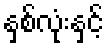
နှစ်လုံးနှင့်